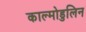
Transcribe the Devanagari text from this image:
काल्मोडुलिन